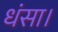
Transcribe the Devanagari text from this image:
धंसा।